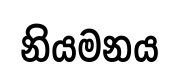
නියමනය